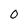
Character: 0